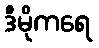
ဒီမိုကရေ